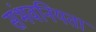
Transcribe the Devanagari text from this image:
संभवनियता